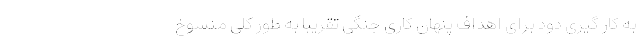
به کار گیری دود برای اهداف پنهان کاری جنگی تقریبا به طور کلی منسوخ